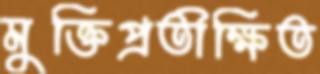
মুক্তিপ্রতীক্ষিত